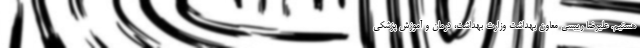
هستیم. علیرضا رییسی معاون بهداشت وزارت بهداشت، درمان و آموزش پزشکی